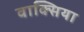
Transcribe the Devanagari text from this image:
वाक्सिया